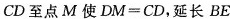
长CD至点M使$$D M = C D$$，延长BE